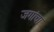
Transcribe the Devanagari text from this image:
जगांचा